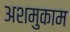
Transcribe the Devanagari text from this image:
अशमुकाम